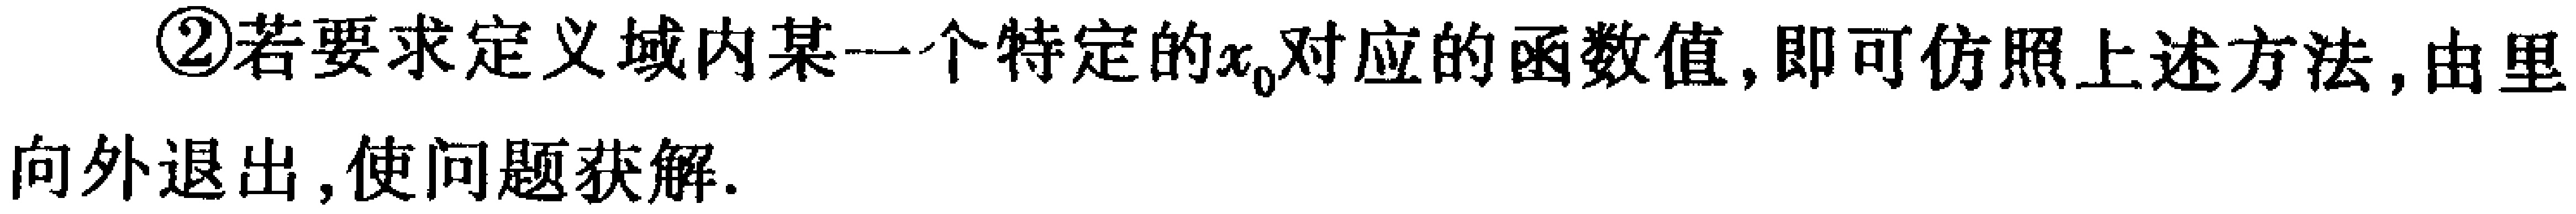
\textcircled{2}若要求定义域内某一个特定的$x_{0}$对应的函数值,即可仿照上述方法,由里向外退出,使问题获解.